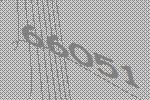
66051